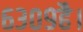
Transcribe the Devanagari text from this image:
६३०९है।